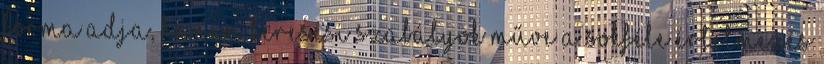
forma adja, hanem keresési szabályok műve a sokféle értelmezés